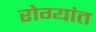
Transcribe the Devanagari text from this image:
रोग्यांत